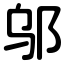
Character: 邬